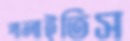
পালাইতিস